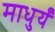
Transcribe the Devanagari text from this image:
माधुर्यं